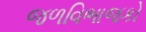
જળવિભાજકો